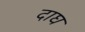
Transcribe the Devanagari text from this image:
दाघ